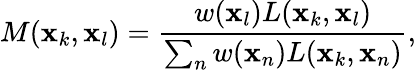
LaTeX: M(\mathbf{x}_{k},\mathbf{x}_{l})=\frac{w(\mathbf{x}_{l})L(\mathbf{x}_{k},\mathbf{x}_{l})}{\sum_{n}w(\mathbf{x}_{n})L(\mathbf{x}_{k},\mathbf{x}_{n})},